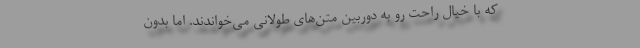
که با خیال راحت رو به دوربین متن‌های طولانی می‌خواندند. اما بدون